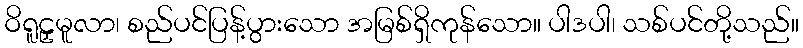
ဝိရူဠှမူလာ၊ စည်ပင်ပြန့်ပွားသော အမြစ်ရှိကုန်သော။ ပါဒပါ၊ သစ်ပင်တို့သည်။